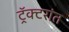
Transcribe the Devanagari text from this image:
ट्रॅक्टरांत